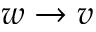
w \rightarrow v